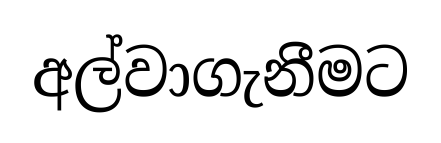
අල්වාගැනීමට